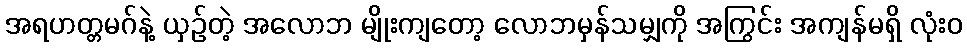
အရဟတ္တမဂ်နဲ့ ယှဉ်တဲ့ အလောဘ မျိုးကျတော့ လောဘမှန်သမျှကို အကြွင်း အကျန်မရှိ လုံးဝ